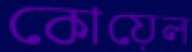
কোয়েল